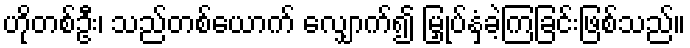
ဟိုတစ်ဦး၊ သည်တစ်ယောက် လျှောက်၍ မြှုပ်နှံခဲ့ကြခြင်းဖြစ်သည်။